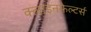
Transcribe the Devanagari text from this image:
क्लाइनफ़ेल्टर्स